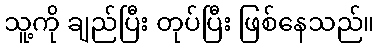
သူ့ကို ချည်ပြီး တုပ်ပြီး ဖြစ်နေသည်။